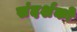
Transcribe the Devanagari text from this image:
संदर्शकों